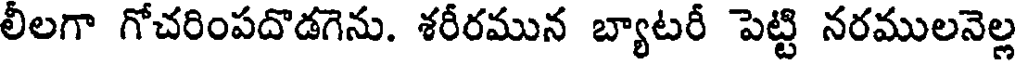
లీలగా గోచరింపదొడగెను. శరీరమున బ్యాటరీ పెట్టి నరములనెల్ల